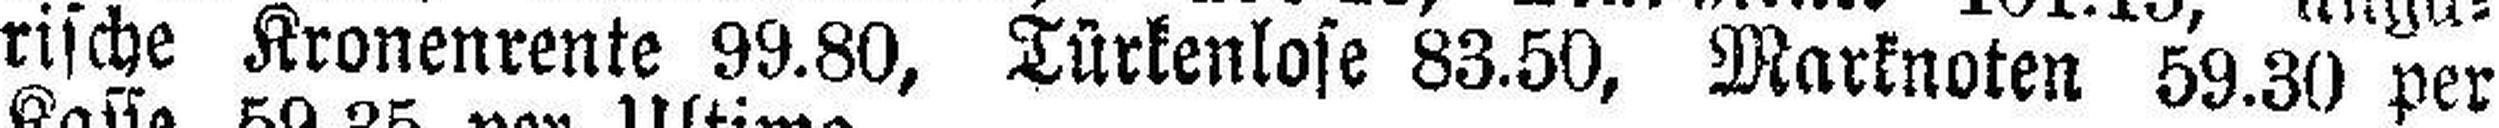
rische Kronenrente 99.80, Türkenlose 83.50, Marknoten 59.30 per